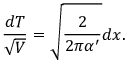
\frac { d T } { \sqrt { V } } = \sqrt { \frac { 2 } { 2 \pi \alpha ^ { \prime } } } d x .